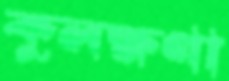
কুলক্ষণা